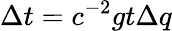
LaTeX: \Delta t=c^{-2}gt\Delta q